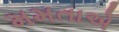
મમતાએ